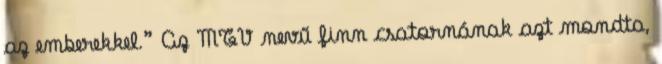
az emberekkel.” Az MTV nevű finn csatornának azt mondta,